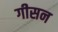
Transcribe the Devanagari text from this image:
गीसन